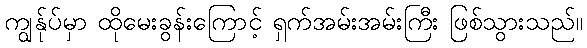
ကျွန်ုပ်မှာ ထိုမေးခွန်းကြောင့် ရှက်အမ်းအမ်းကြီး ဖြစ်သွားသည်။